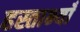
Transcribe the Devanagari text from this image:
हस्ताभ्याँ